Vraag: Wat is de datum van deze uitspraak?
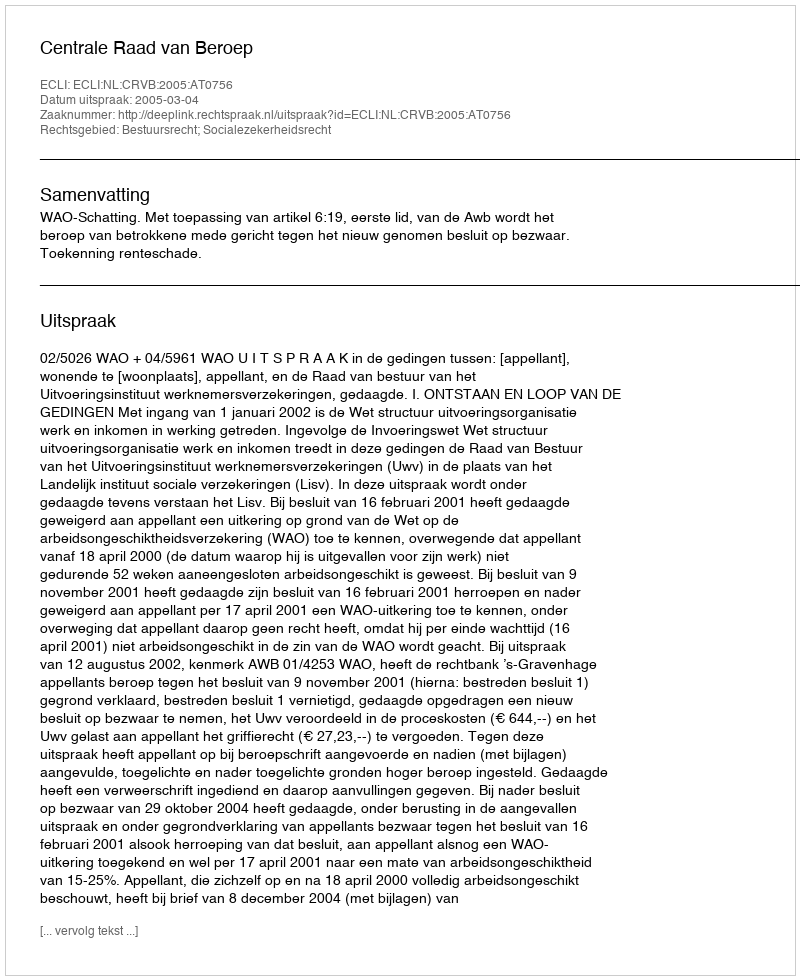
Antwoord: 2005-03-04